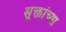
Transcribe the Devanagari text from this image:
सूक्तांच्या